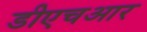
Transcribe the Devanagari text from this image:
डीएचआर